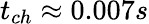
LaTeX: t_{ch}\approx 0.007s